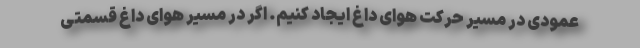
عمودی در مسیر حرکت هوای داغ ایجاد کنیم. اگر در مسیر هوای داغ قسمتی